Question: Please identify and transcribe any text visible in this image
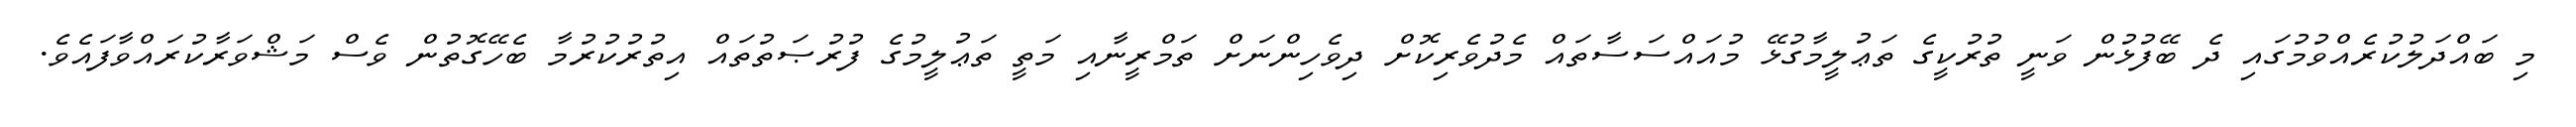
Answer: މި ބައްދަލުކުރެއްވުމުގައި ދެ ބޭފުޅުން ވަނީ ތުރުކީގެ ތަޢުލީމާގުޅޭ މުއައްސަސާތައް މެދުވެރިކޮށް ދިވެހިންނަށް ތަމްރީނާއި މަތީ ތަޢުލީމުގެ ފުރުޞަތުތައް އިތުރުކުރުމާ ބެހޭގޮތުން ވެސް މަޝްވަރާކުރައްވާފައެވެ.